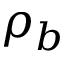
\rho _ { b }